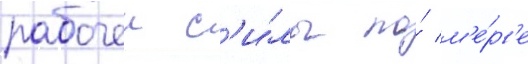
рабочеи с'и́лы по́ м'е́р'е